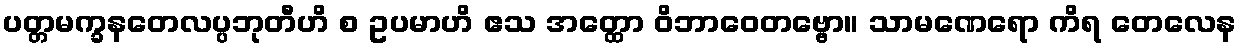
ပတ္တမက္ခနတေလပ္ပဘုတီဟိ စ ဥပမာဟိ ဧသ အတ္ထော ဝိဘာဝေတဗ္ဗော။ သာမဏေရော ကိရ တေလေန